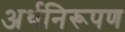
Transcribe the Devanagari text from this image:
अर्थनिरूपण